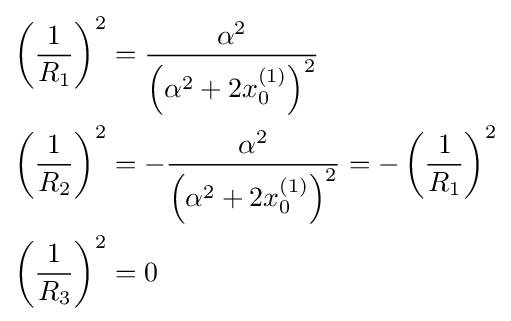
\scriptstyle {\begin{aligned}\left({\frac {1}{R_{1}}}\right)^{2}&={\frac {\alpha ^{2}}{\left(\alpha ^{2}+2x_{0}^{(1)}\right)^{2}}}\\\left({\frac {1}{R_{2}}}\right)^{2}&=-{\frac {\alpha ^{2}}{\left(\alpha ^{2}+2x_{0}^{(1)}\right)^{2}}}=-\left({\frac {1}{R_{1}}}\right)^{2}\\\left({\frac {1}{R_{3}}}\right)^{2}&=0\end{aligned}}